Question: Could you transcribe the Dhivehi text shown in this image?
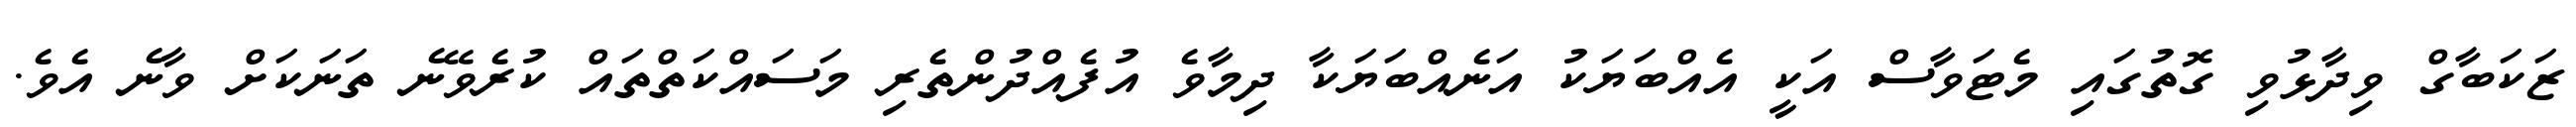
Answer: ޒަކަބާގް ވިދާޅުވި ގޮތުގައި މެޓަވާސް އަކީ އެއްބަޔަކު އަނެއްބަޔަކާ ދިމާވެ އުފެއްދުންތެރި މަސައްކަތްތައް ކުރެވޭނެ ތަނަކަށް ވާނެ އެވެ.